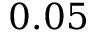
0 . 0 5